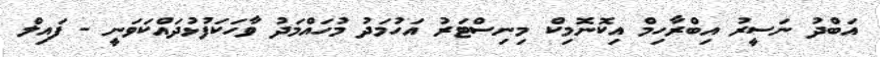
އަބްދު ނަސީރު އިބްރާހިމް އިކޮނޮމިކް މިނިސްޓަރު އަހުމަދު މުހައްމަދު ވާހަކަފުޅުދައްކަވަނީ - ފައިލް